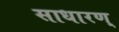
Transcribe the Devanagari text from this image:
साधारण्